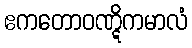
ဧကတောဝဏ္ဋိကမာလံ